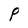
Character: P